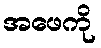
အဖေကို